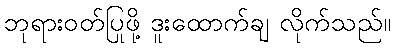
ဘုရားဝတ်ပြုဖို့ ဒူးထောက်ချ လိုက်သည်။